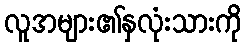
လူအများ၏နှလုံးသားကို